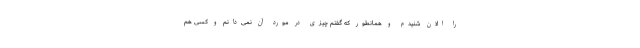
را الان شنیدم و همانطور که گفتم چیزی در مورد آن نمی‌دانم و کسی هم